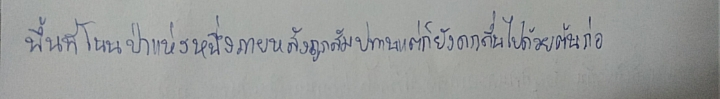
พื้นที่โนนป่าแห่งหนึ่งภายหลังถูกสัมปทานแต่ก็ยังดกดื่นไปด้วยต้นก่อ